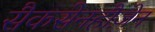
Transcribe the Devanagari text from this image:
सैकसेनहौज़ेन